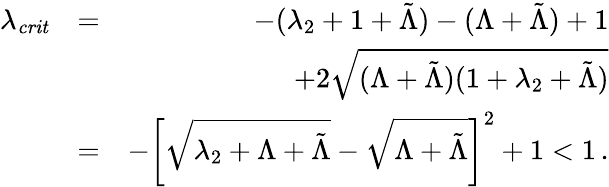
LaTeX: \begin{array}{rlr}{\lambda_{\mathit{crit}}}&{=}&{-(\lambda_{2}+1+\tilde{\Lambda})-(\Lambda+\tilde{\Lambda})+1}\\ &{}&{+2\sqrt{(\Lambda+\tilde{\Lambda})(1+\lambda_{2}+\tilde{\Lambda})}}\\ &{=}&{-\left[\sqrt{\lambda_{2}+\Lambda+\tilde{\Lambda}}-\sqrt{\Lambda+\tilde{\Lambda}}\right]^{2}+1<1\, .}\end{array}